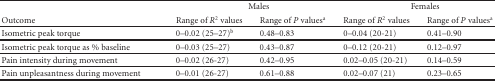
|  | <COLSPAN=2> Males | <COLSPAN=2> Females |
 | Outcome | Range of R2 values | Range of P valuesa | Range of R2 values | Range of P valuesa |
 | --- | --- | --- | --- | --- |
 | Isometric peak torque | 0–0.02 (25–27)b | 0.48–0.83 | 0–0.04 (20-21) | 0.41–0.90 |
 | Isometric peak torque as % baseline | 0–0.03 (25–27) | 0.43–0.87 | 0–0.12 (20-21) | 0.12–0.97 |
 | Pain intensity during movement | 0–0.02 (26-27) | 0.42–0.95 | 0.02–0.05 (20-21) | 0.14–0.59 |
 | Pain unpleasantness during movement | 0–0.01 (26-27) | 0.61–0.88 | 0.02–0.07 (21) | 0.23–0.65 |